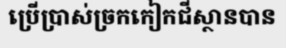
ប្រើប្រាស់ច្រកកៀកជីស្ថានបាន